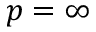
p = \infty